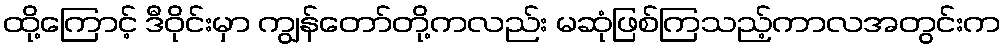
ထို့ကြောင့် ဒီဝိုင်းမှာ ကျွန်တော်တို့ကလည်း မဆုံဖြစ်ကြသည့်ကာလအတွင်းက